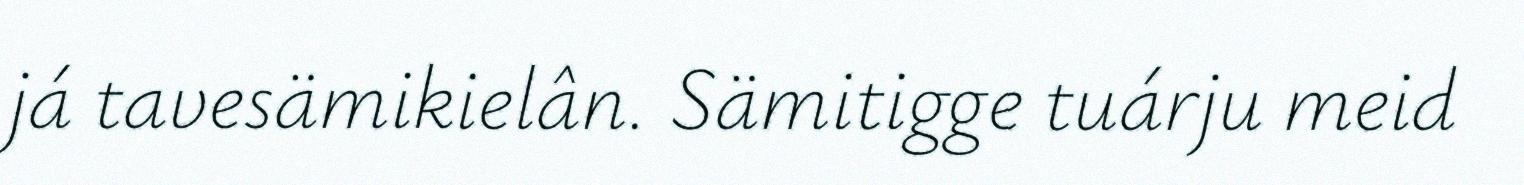
já tavesämikielân. Sämitigge tuárju meid